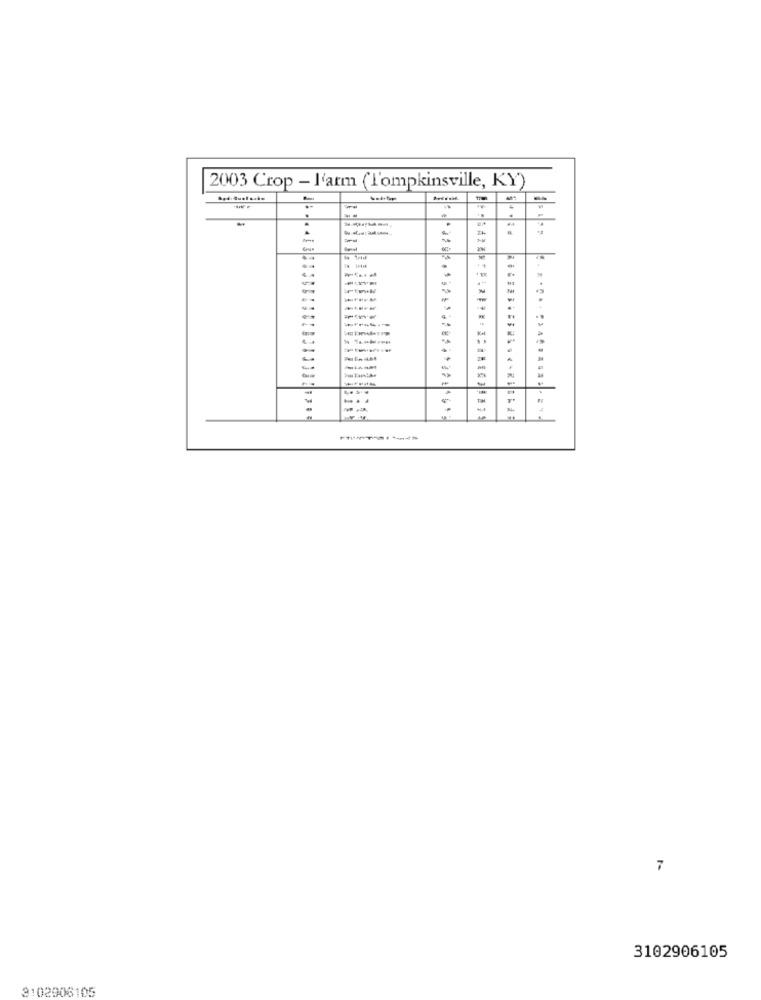
2003 Crop - l'arm (l'ompkinsville, KY)
.
-
-
7
3102906105
3102906105